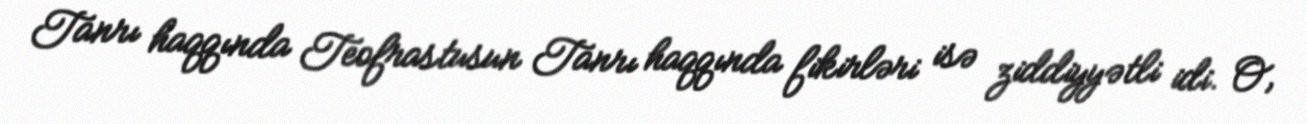
Tanrı haqqında Teofrastusun Tanrı haqqında fikirləri isə ziddiyyətli idi. O,